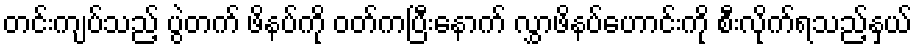
တင်းကျပ်သည့် ပွဲတက် ဖိနပ်ကို ဝတ်ကပြီးနောက် လွှာဖိနပ်ဟောင်းကို စီးလိုက်ရသည့်နှယ်